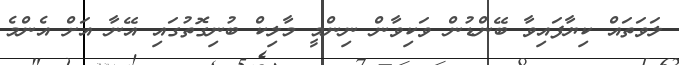
ލަވަތައް ކިޔާފައިވާ ބޭންޑުން ވަކިވާން ނިންމީ މާލިކް ބުނިގޮތުގައި އޭނާ އަށް އެންމެ